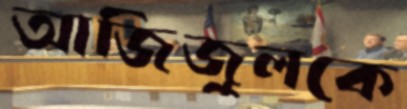
আজিজুলকে